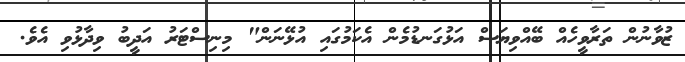
ޒުވާނުން ތަރާވީހެއް ބޭއްވިޔަސް އަޅުގަނޑުމެން އެކަމުގައި އުޅޭނަން" މިނިސްޓަަރު އަދީބު ވިދާޅުވި އެވެ.